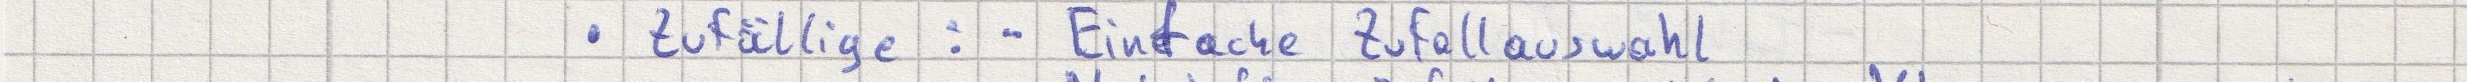
- Zufällige: - Einfache Zufallsauswahl